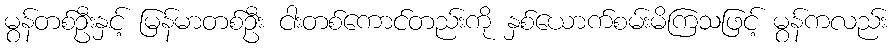
မွန်တစ်ဦးနှင့် မြန်မာတစ်ဦး ငါးတစ်ကောင်တည်းကို နှစ်ယောက်စမ်းမိကြသဖြင့် မွန်ကလည်း